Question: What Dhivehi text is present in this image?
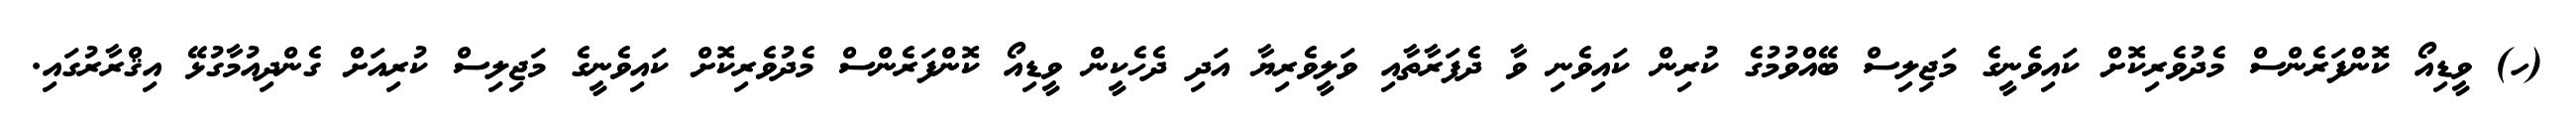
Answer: (ހ) ވީޑިއޯ ކޮންފަރެންސް މެދުވެރިކޮށް ކައިވެނީގެ މަޖިލިސް ބޭއްވުމުގެ ކުރިން ކައިވެނި ވާ ދެފަރާތާއި ވަލީވެރިޔާ އަދި ދެހެކީން ވީޑިއޯ ކޮންފަރެންސް މެދުވެރިކޮށް ކައިވެނީގެ މަޖިލިސް ކުރިއަށް ގެންދިއުމާގުޅޭ އިޤްރާރުގައި.